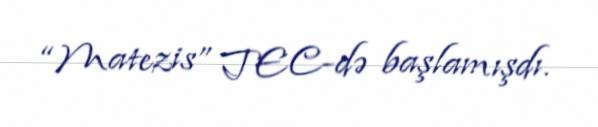
“Matezis” TEC-də başlamışdı.